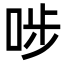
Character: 𠳤